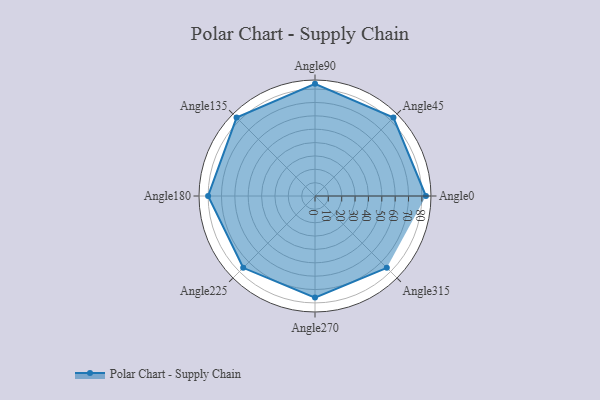
{"axis": {"x": "Angle", "y": "Radius"}, "legend": [""], "data": [{"x": "Angle0", "y": 83.0, "type": ""}, {"x": "Angle45", "y": 83.0, "type": ""}, {"x": "Angle90", "y": 84.0, "type": ""}, {"x": "Angle135", "y": 83.0, "type": ""}, {"x": "Angle180", "y": 80.0, "type": ""}, {"x": "Angle225", "y": 76.0, "type": ""}, {"x": "Angle270", "y": 76.0, "type": ""}, {"x": "Angle315", "y": 76.0, "type": ""}]}